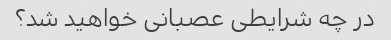
در چه شرایطی عصبانی خواهید شد؟